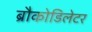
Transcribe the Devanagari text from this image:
ब्रौकोडिलेटर